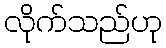
လိုက်သည်ဟု